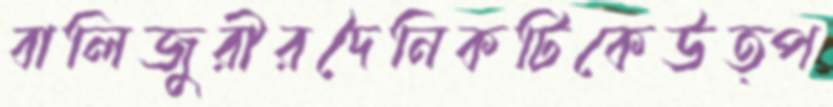
বালিজুরীরদৈনিকটিকেউত্প